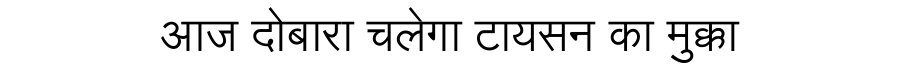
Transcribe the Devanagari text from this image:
आज दोबारा चलेगा टायसन का मुक्का